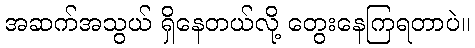
အဆက်အသွယ် ရှိနေတယ်လို့ တွေးနေကြရတာပဲ။